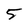
Character: 5